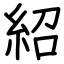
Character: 紹